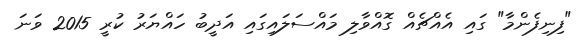
"ފިނިފެންމާ" ގައި އެއްޗެއް ގޮއްވާލި މައްސަލައިގައި އަދީބު ހައްޔަރު ކުރީ 2015 ވަނަ